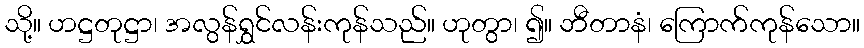
သို့။ ဟဋ္ဌတုဋ္ဌာ၊ အလွန်ရွှင်လန်းကုန်သည်။ ဟုတွာ၊ ၍။ ဘီတာနံ၊ ကြောက်ကုန်သော။